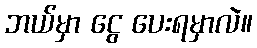
ဘယ်မှာ ငွေ ပေးရမှာလဲ။